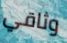
وثاقي